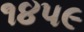
૧૪૫૯